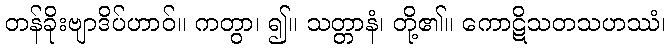
တန်ခိုးဗျာဒိပ်ဟာဝ်။ ကတွာ၊ ၍။ သတ္တာနံ၊ တို့၏။ ကောဋိသတသဟဿံ၊